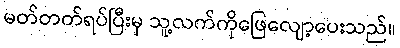
မတ်တတ်ရပ်ပြီးမှ သူ့လက်ကိုဖြေလျော့ပေးသည်။